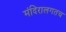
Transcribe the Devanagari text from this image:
मंदिरालगतच